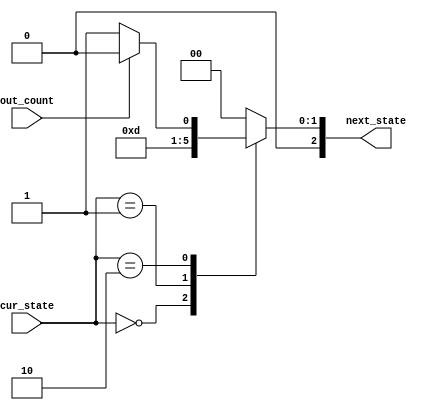
module next_state(cur_state,out_count, next_state);
	input 		[2:0]	cur_state;
	input 		 out_count;
	output reg	[2:0]	next_state;
	always @* begin 
		case (cur_state)
			3'b000: next_state<=3'b001;
			3'b001: next_state<=3'b010;
			3'b010: begin
							if (out_count == 1'b1) begin 
								next_state<=3'b010;
							end
							else begin 
								next_state<=3'b011;
							end
						end
			3'b011:  next_state <= 3'b000;
			default: next_state <=3'b000;
		endcase
	end 
	
endmodule